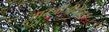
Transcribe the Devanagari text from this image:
आरजीजीवीवाई